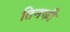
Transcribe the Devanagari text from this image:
तिनकी